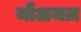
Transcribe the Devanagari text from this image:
मौअजज़